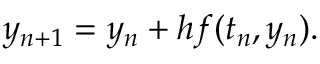
y _ { n + 1 } = y _ { n } + h f ( t _ { n } , y _ { n } ) . \qquad \qquad